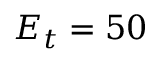
E _ { t } = 5 0